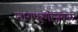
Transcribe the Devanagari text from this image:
नागफणीजवळ